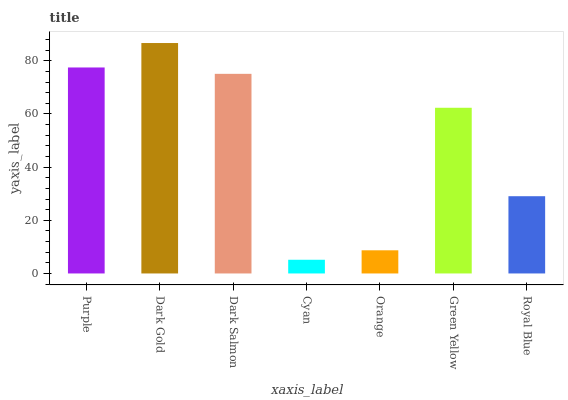
| xaxis_label | bars |
 | --- | --- |
 | Purple | 77.5 |
 | Dark Gold | 86.7 |
 | Dark Salmon | 75.1 |
 | Cyan | 5.16 |
 | Orange | 8.72 |
 | Green Yellow | 62.3 |
 | Royal Blue | 29.1 |